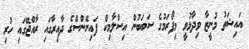
އައިޝަތު މުނީޒާ ވިދާޅުވީ މިފޯރަމުގެ ސަބަބުން އިސްލާމިކް ފައިނޭންސްގެ ދާއިރާގައި ރާއްޖޭގައި ހުރި